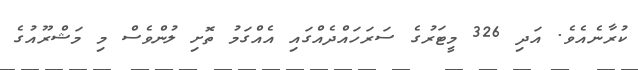
ކުރާނެއެވެ. އަދި 326 މީޓަރުގެ ސަރަހައްދެއްގައި އެއްގަމު ތޮށި ލުންވެސް މި މަޝްރޫއުގެ